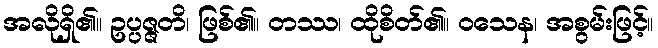
အလိုရှိ၏။ ဥပ္ပဇ္ဇတိ၊ ဖြစ်၏။ တဿ၊ ထိုစိတ်၏။ ဝသေန၊ အစွမ်းဖြင့်။